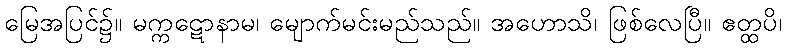
မြေအပြင်၌။ မက္ကဋောနာမ၊ မျောက်မင်းမည်သည်။ အဟောသိ၊ ဖြစ်လေပြီ။ ဧတ္ထပိ၊